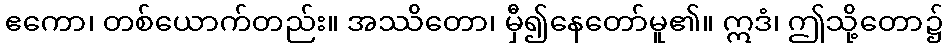
ဧကော၊ တစ်ယောက်တည်း။ အဿိတော၊ မှီ၍နေတော်မူ၏။ ဣဒံ၊ ဤသို့တော၌